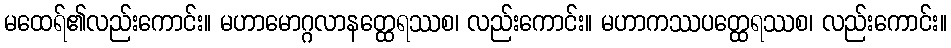
မထေရ်၏လည်းကောင်း။ မဟာမောဂ္ဂလာနတ္ထေရဿစ၊ လည်းကောင်း။ မဟာကဿပတ္ထေရဿစ၊ လည်းကောင်း။